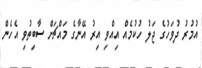
އުމުރު ދުވަހުގެ ޖަލު ހުކުމެއް އިއްވި އިރު އޭނާގެ މައްޗަށް ސާބިތުވި އެހެން